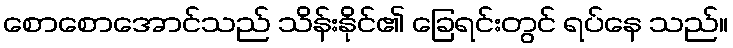
စောစောအောင်သည် သိန်းနိုင်၏ ခြေရင်းတွင် ရပ်နေ သည်။